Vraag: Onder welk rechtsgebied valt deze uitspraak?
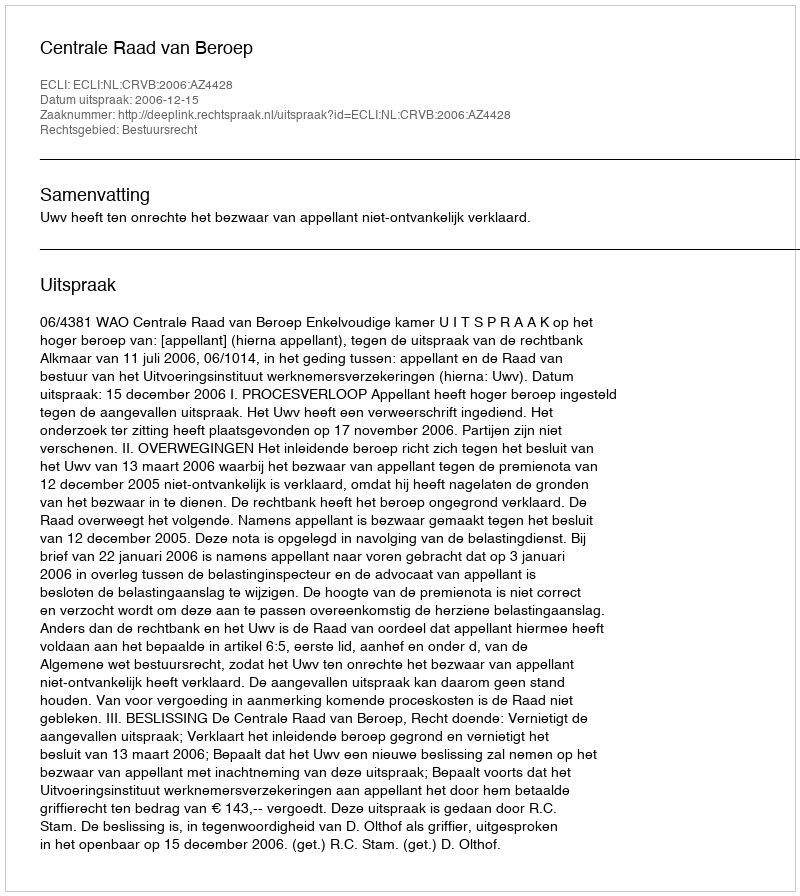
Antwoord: Bestuursrecht